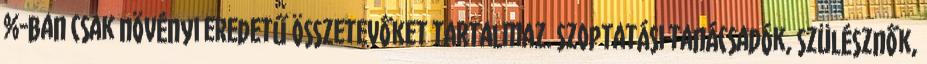
%-ban csak növényi eredetű összetevőket tartalmaz. Szoptatási tanácsadók, szülésznők,